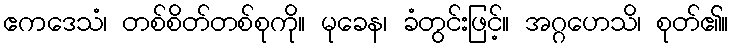
ဧကဒေသံ၊ တစ်စိတ်တစ်စုကို။ မုခေန၊ ခံတွင်းဖြင့်။ အဂ္ဂဟေသိ၊ စုတ်၏။